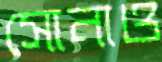
সোনাও